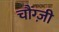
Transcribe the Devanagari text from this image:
चौंग्ज़ी